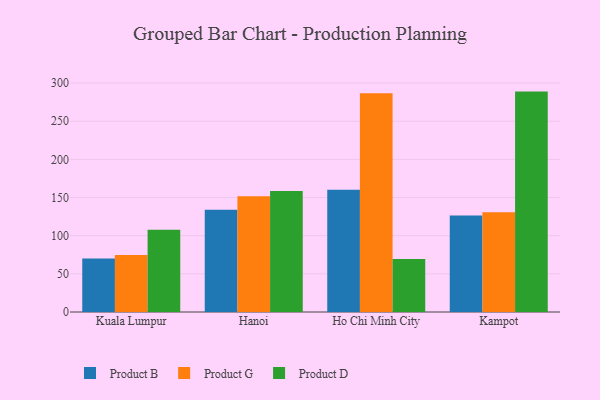
{"axis": {"x": "City", "y": "Page Views"}, "legend": ["Product B", "Product D", "Product G"], "data": [{"x": "Kuala Lumpur", "y": 70.0, "type": "Product B"}, {"x": "Kuala Lumpur", "y": 74.6, "type": "Product G"}, {"x": "Kuala Lumpur", "y": 107.9, "type": "Product D"}, {"x": "Hanoi", "y": 134.1, "type": "Product B"}, {"x": "Hanoi", "y": 151.8, "type": "Product G"}, {"x": "Hanoi", "y": 158.5, "type": "Product D"}, {"x": "Ho Chi Minh City", "y": 160.1, "type": "Product B"}, {"x": "Ho Chi Minh City", "y": 286.6, "type": "Product G"}, {"x": "Ho Chi Minh City", "y": 69.6, "type": "Product D"}, {"x": "Kampot", "y": 126.6, "type": "Product B"}, {"x": "Kampot", "y": 130.6, "type": "Product G"}, {"x": "Kampot", "y": 288.8, "type": "Product D"}]}